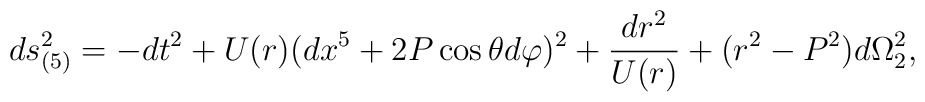
ds_{(5)}^2=-dt^2 +U(r)(dx^5+ 2P\cos\theta d\varphi)^2 +{dr^2\over U(r)}+(r^2-P^2)d\Omega_2^2,